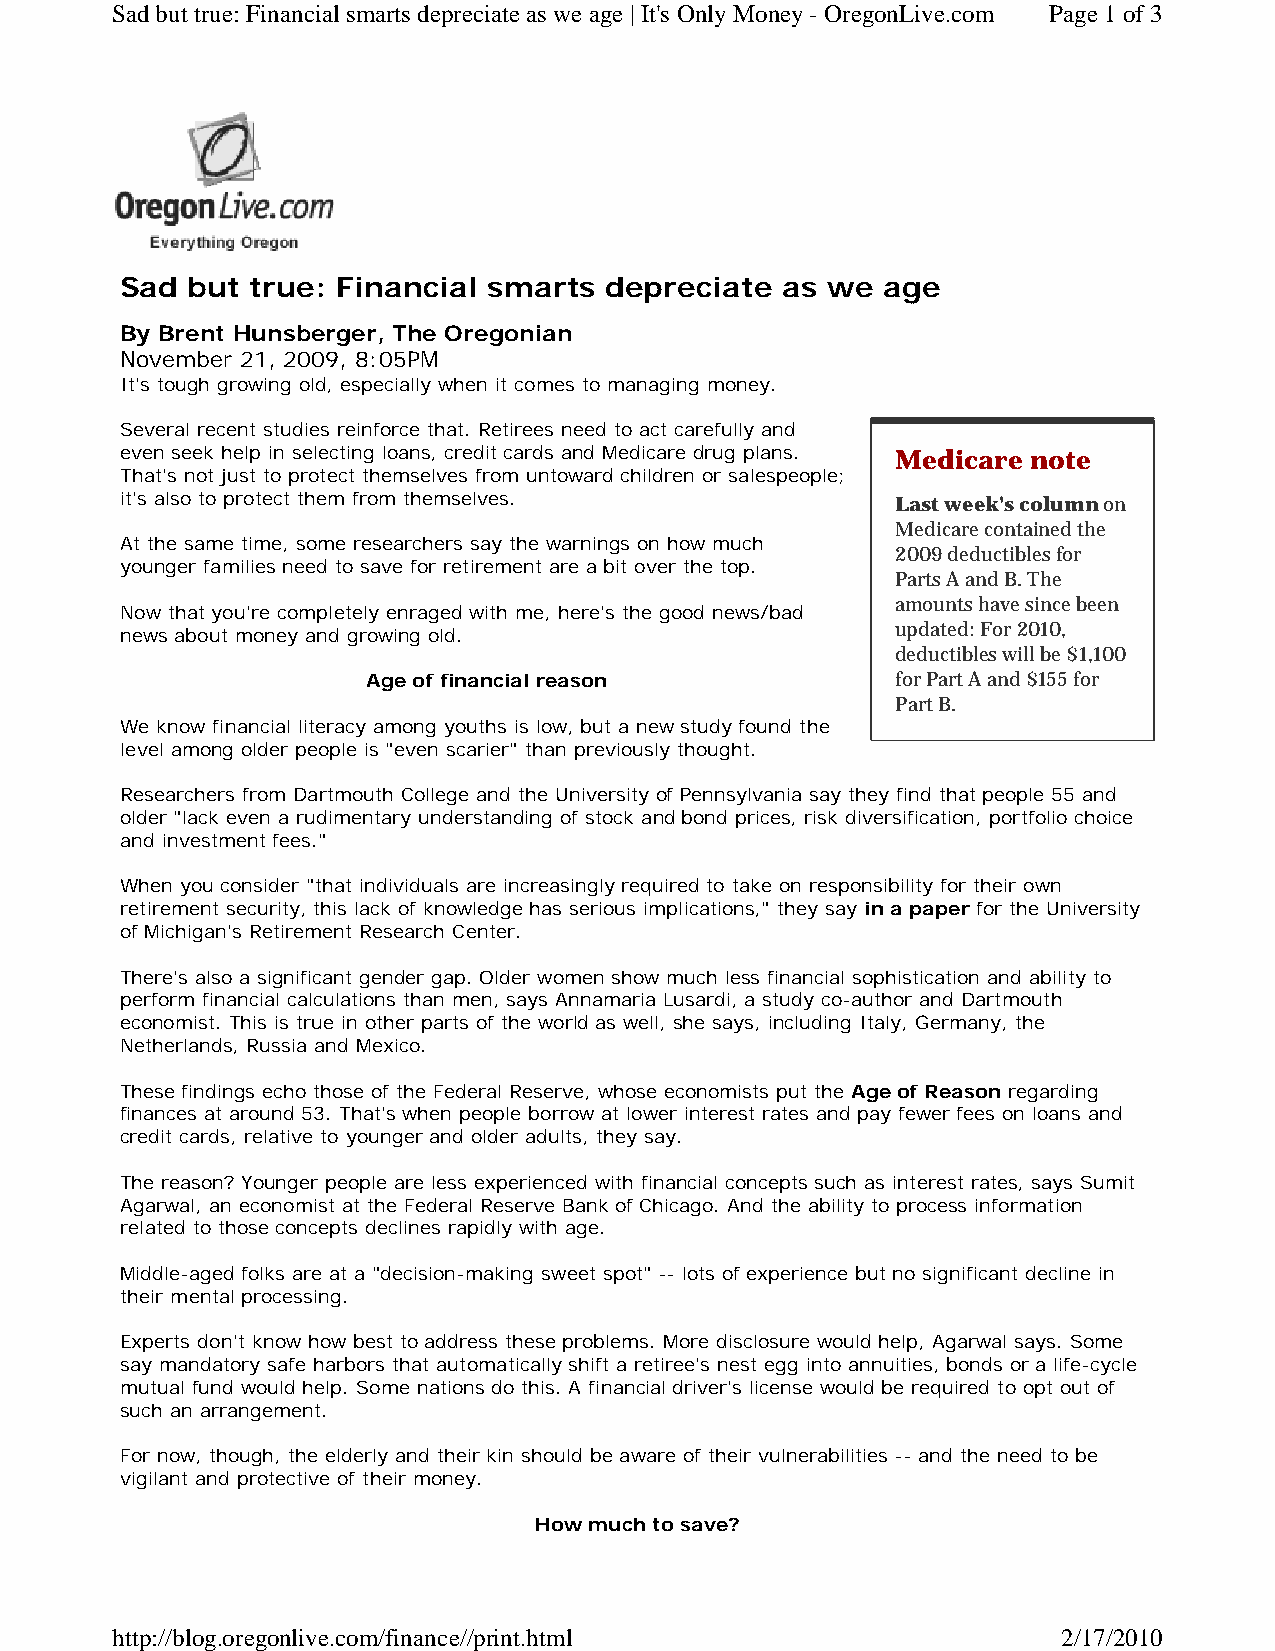
Sad but true: Financial smarts depreciate as we age | It's Only Money - OregonLive.com Page 1of 3
 Sad but  true: Financial smarts depreciate  as we  age
 By Brent Hunsberger, The Oregonian
 November 21, 2009, 8:05PM
 It's tough growing old, especially when it comes to managing money.
 Several recent studies reinforce that. Retirees need to act carefully and
 even seek help in selecting loans, credit cards and Medicare drug plans. Medicare note
 That's not just to protect themselves from untoward children or salespeople;
 it's also to protect them from themselves.         Last week's column on
 Medicare contained the
 At the same time, some researchers say the warnings on how much
 2009 deductibles for
 younger families need to save for retirement are a bit over the top.
 Parts A and B. The
 amounts have since been
 Now that you're completely enraged with me, here's the good news/bad
 updated: For 2010,
 news about money and growing old.
 deductibles will be $1,100
 Age of financial reason            for Part A and $155 for
 Part B.
 We know financial literacy among youths is low, but a new study found the
 level among older people is "even scarier" than previously thought.
 Researchers from Dartmouth College and the University of Pennsylvania say they find that people 55 and
 older "lack even a rudimentary understanding of stock and bond prices, risk diversification, portfolio choice
 and investment fees."
 When you consider "that individuals are increasingly required to take on responsibility for their own
 retirement security, this lack of knowledge has serious implications," they say in a paper for the University
 of Michigan's Retirement Research Center.
 There's also a significant gender gap. Older women show much less financial sophistication and ability to
 perform financial calculations than men, says Annamaria Lusardi, a study co-author and Dartmouth
 economist. This is true in other parts of the world as well, she says, including Italy, Germany, the
 Netherlands, Russia and Mexico.
 These findings echo those of the Federal Reserve, whose economists put the Age of Reason regarding
 finances at around 53. That's when people borrow at lower interest rates and pay fewer fees on loans and
 credit cards, relative to younger and older adults, they say.
 The reason? Younger people are less experienced with financial concepts such as interest rates, says Sumit
 Agarwal, an economist at the Federal Reserve Bank of Chicago. And the ability to process information
 related to those concepts declines rapidly with age.
 Middle-aged folks are at a "decision-making sweet spot" -- lots of experience but no significant decline in
 their mental processing.
 Experts don't know how best to address these problems. More disclosure would help, Agarwal says. Some
 say mandatory safe harbors that automatically shift a retiree's nest egg into annuities, bonds or a life-cycle
 mutual fund would help. Some nations do this. A financial driver's license would be required to opt out of
 such an arrangement.
 For now, though, the elderly and their kin should be aware of their vulnerabilities -- and the need to be
 vigilant and protective of their money.
 How much to save?
 http://blog.oregonlive.com/finance//print.html                 2/17/2010